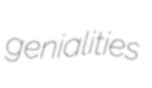
genialities